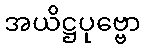
အယိဋ္ဌပုဗ္ဗော